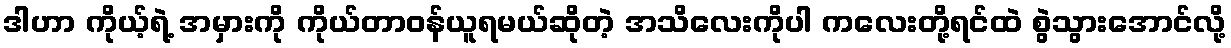
ဒါဟာ ကိုယ့်ရဲ့ အမှားကို ကိုယ်တာဝန်ယူရမယ်ဆိုတဲ့ အသိလေးကိုပါ ကလေးတို့ရင်ထဲ စွဲသွားအောင်လို့